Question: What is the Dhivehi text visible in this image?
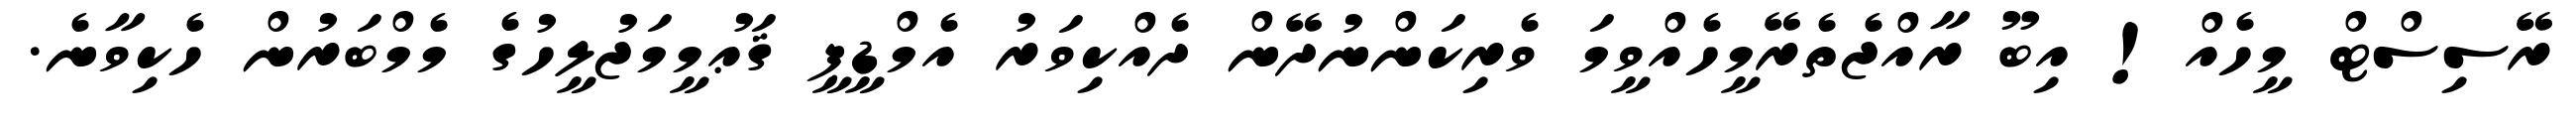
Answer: ރޭސިސްޓް މީހެއް! އިބޫ ރާއްޖެތެރޭމީހެއްވީމަ ވެރިކަންނުދޭން ދެއްކިވަރު އެމްޑީޕީ ޤަޢުމީމަޖުލީހުގެ މެމްބަރުން ހެކިވާނެ.